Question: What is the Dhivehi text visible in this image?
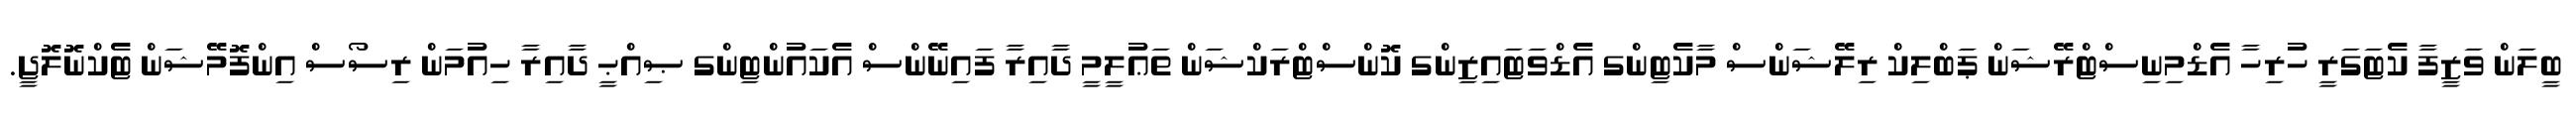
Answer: ބީލަން ވަޒީފާ ކެޓަގަރީ ހުރިހާ އެޑްމިނިސްޓްރޭޝަން ޕަބްލިކް ރިލޭޝަންސް މާކެޓިންގ އެޑްވަޓައިޒިންގ ކޮންސްޓްރަކްޝަން ތަޢުލީމީ ދާއިރާ ފައިނޭންސް އެކައުންޓިންގ ޞިއްޙީ ދާއިރާ ހިއުމަން ރިސޯސް އިންފޮމޭޝަން ޓެކްނޮލޮޖީ.